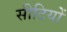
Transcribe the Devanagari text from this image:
सीटियों